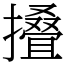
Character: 𢶣